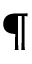
\P